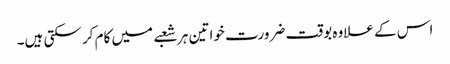
اس کے علاوہ بوقت ضرورت خواتین ہر شعبے میں کام کر سکتی ہیں۔